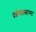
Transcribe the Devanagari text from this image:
दर्शनशास्त्राच्या